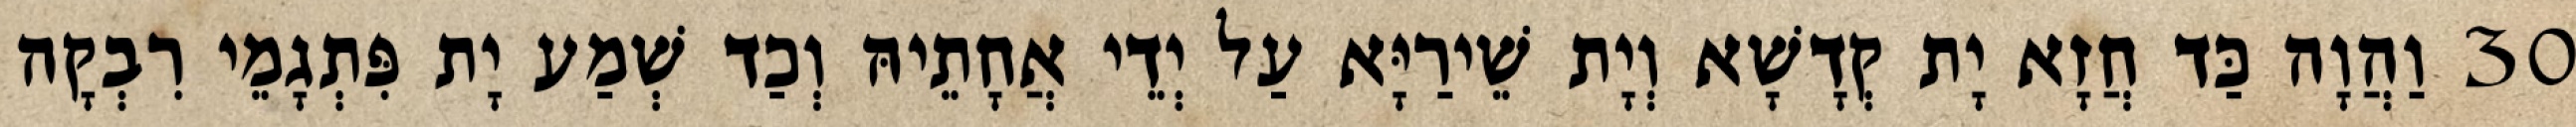
30 וַהֲוָה כַּד חֲזָא יָת קְדָשָׁא וְיָת שֵׁירַיָּא עַל יְדֵי אֲחָתֵיהּ וְכַד שְׁמַע יָת פִּתְגָמֵי רִבְקָה